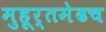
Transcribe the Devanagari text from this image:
मुहूर्तमेढच